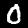
Label: 0